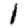
Digit: 1